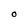
Character: O